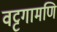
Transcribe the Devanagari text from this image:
वट्टगामणि